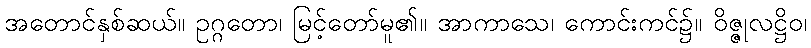
အတောင်နှစ်ဆယ်။ ဥဂ္ဂတော၊ မြင့်တော်မူ၏။ အာကာသေ၊ ကောင်းကင်၌။ ဝိဇ္ဇုလဋ္ဌိဝ၊